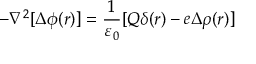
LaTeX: - \nabla ^ { 2 } [ \Delta \phi ( r ) ] = { \frac { 1 } { \varepsilon _ { 0 } } } [ Q \delta ( r ) - e \Delta \rho ( r ) ]